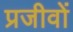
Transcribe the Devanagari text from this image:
प्रजीवों